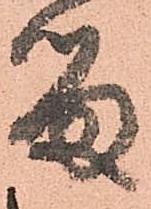
留